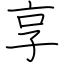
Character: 享